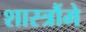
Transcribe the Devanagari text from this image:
शास्त्रौंमे